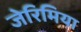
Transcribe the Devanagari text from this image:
जेरिमिया